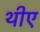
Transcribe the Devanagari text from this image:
थीए